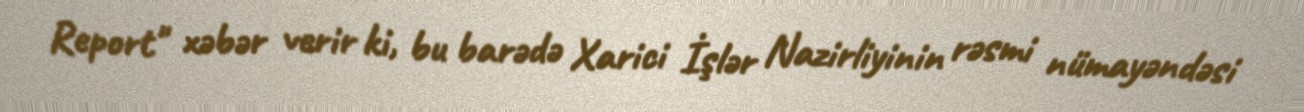
Report" xəbər verir ki, bu barədə Xarici İşlər Nazirliyinin rəsmi nümayəndəsi